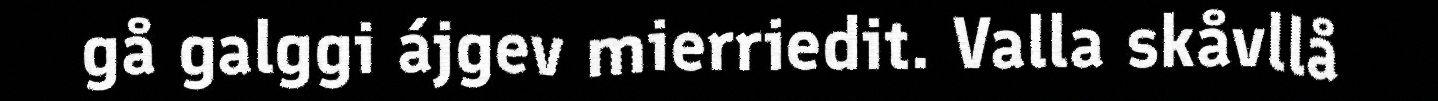
gå galggi ájgev mierriedit. Valla skåvllå